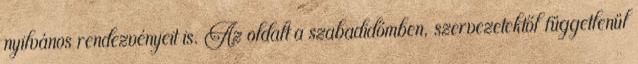
nyilvános rendezvényeit is. Az oldalt a szabadidőmben, szervezetektől függetlenül